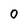
Character: 0